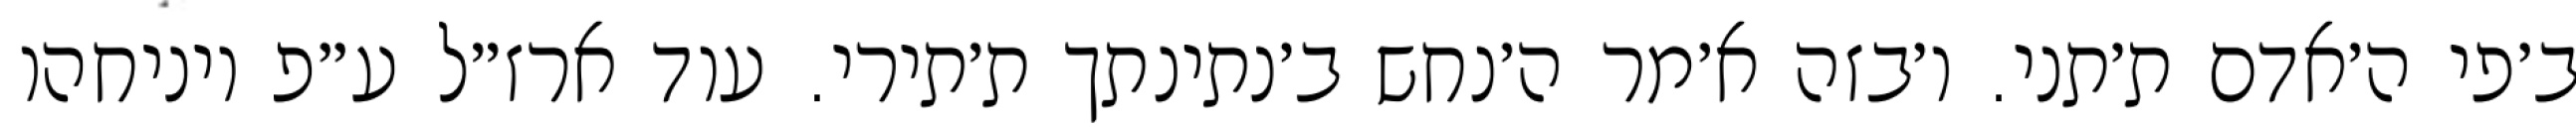
ב׳פי ה׳אדם ת׳תני. ו׳בזה א׳מר ה׳נחש ב׳נתינתך ת׳תירי. עוד ארז״ל ע״פ ויניחהו